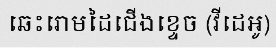
ឆេះរោមដៃជើងខ្ទេច (វីដេអូ)